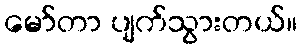
မော်တာ ပျက်သွားတယ်။